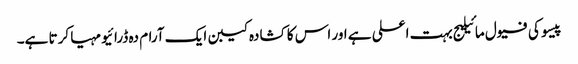
پیسو کی فیول مائیلیج بہت اعلی ہے اور اس کا کشادہ کیبن ایک آرام دہ ڈرائیو مہیا کرتا ہے۔